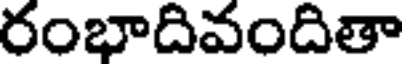
రంభాదివందితా